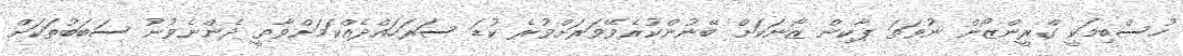
ހުސްބިމަކީ ގްރީންޒޯން ނުވަތަ ޕާކިން ޒޯނަކަށް ބޭނުންކުރެވޭވަރަށްވުރެ ކުޑަ ސަރަހައްދެއްކަމަށްވާތީ ދެންނެވުނު ސަބަބުތަކަށް